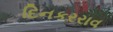
દિનકરરાવ